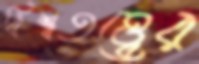
বিশ্বতত্ত্বের